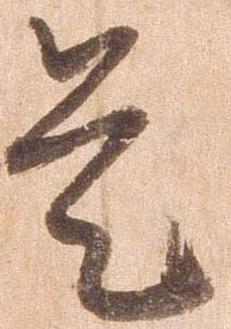
是